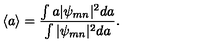
\langle a \rangle = \frac { \int a | \psi _ { m n } | ^ { 2 } d a } { \int | \psi _ { m n } | ^ { 2 } d a } .